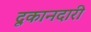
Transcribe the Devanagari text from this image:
दूकानदारी